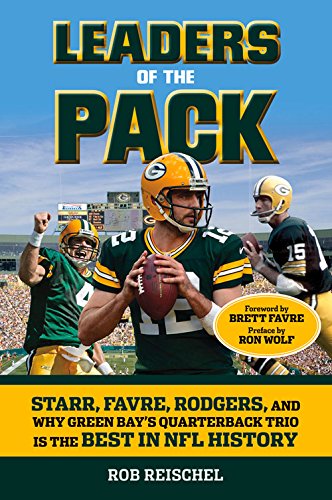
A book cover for Leaders of the Pack: Starr, Favre, Rodgers and Why Green Bay's Quarterback Trio is the Best in NFL History; Rob Reischel; Sports & Outdoors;